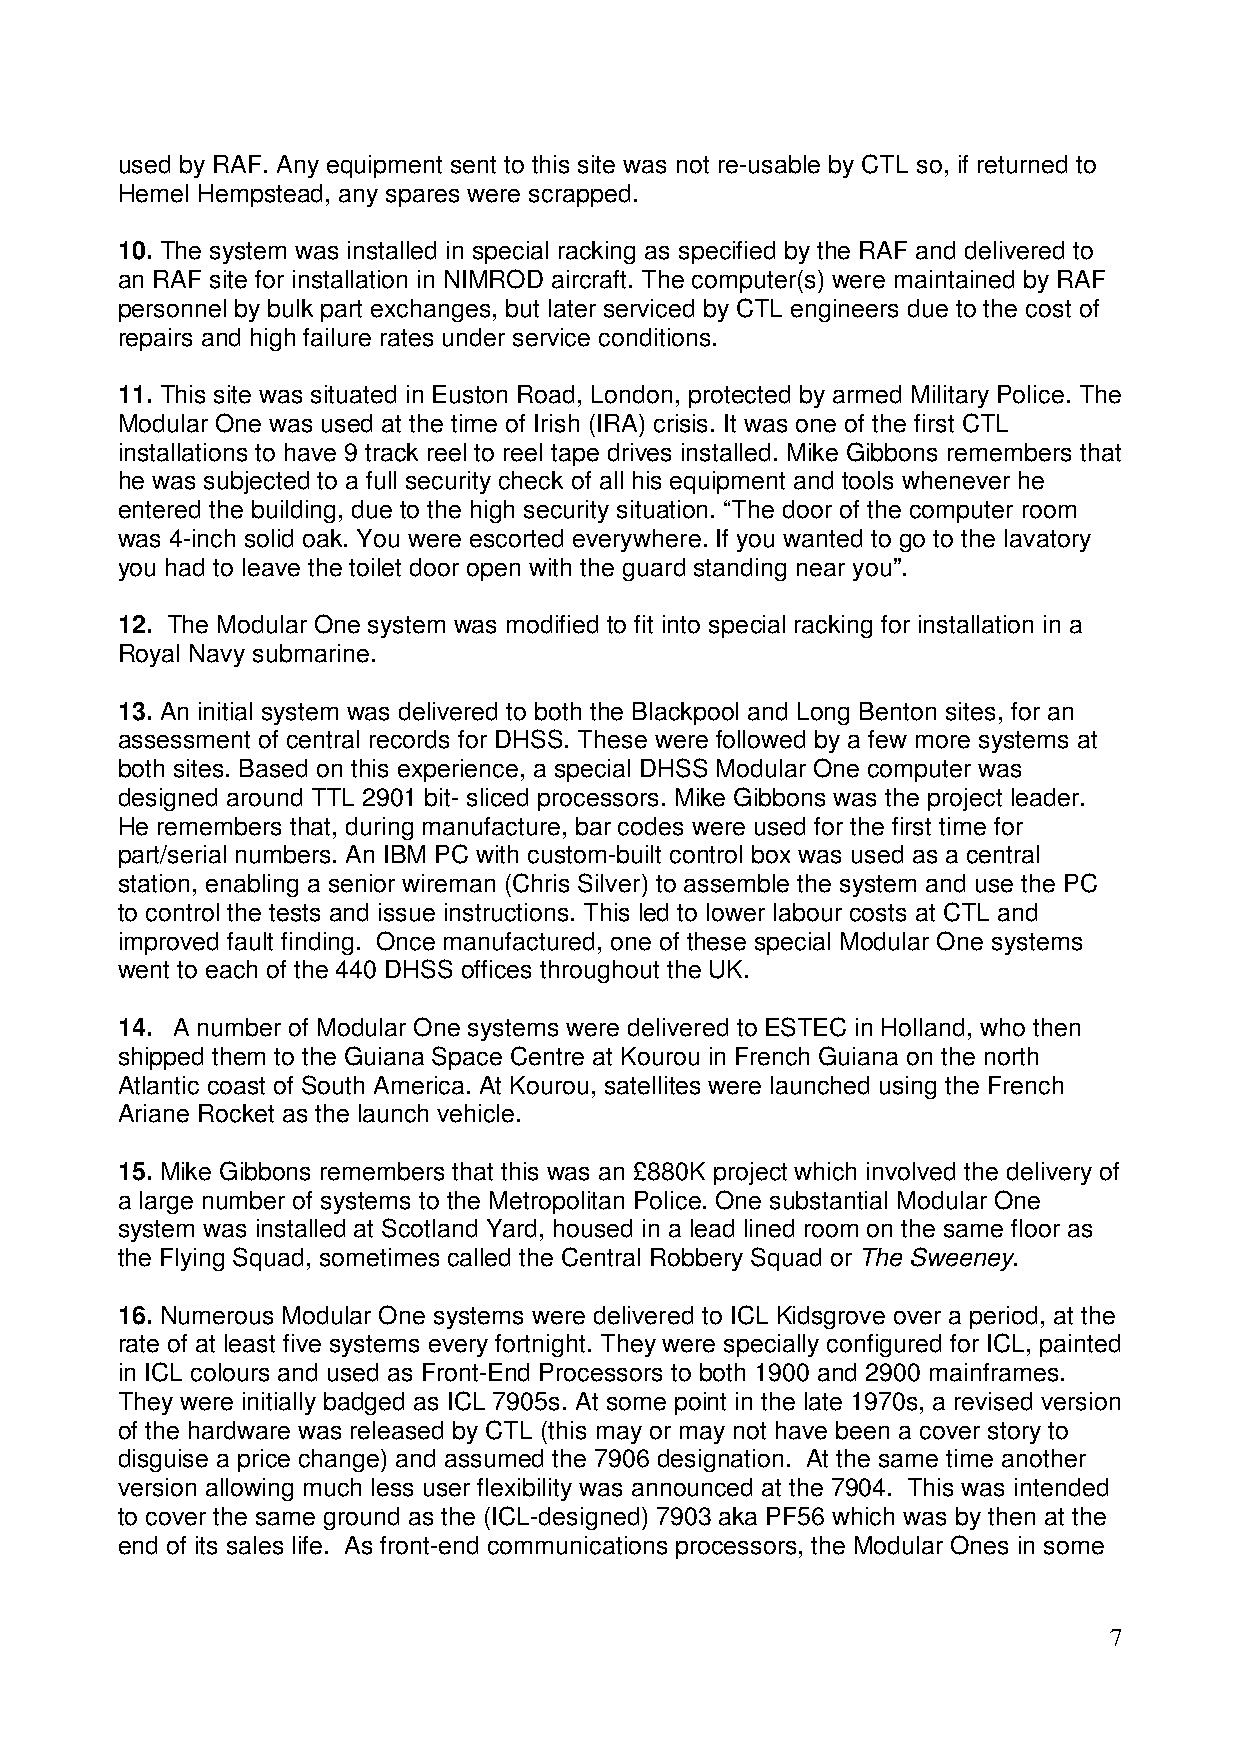
used by RAF. Any equipment sent to this site was not re-usable by CTL so, if returned to
 Hemel Hempstead, any spares were scrapped.
 10. The system was installed in special racking as specified by the RAF and delivered to
 an RAF site for installation in NIMROD aircraft. The computer(s) were maintained by RAF
 personnel by bulk part exchanges, but later serviced by CTL engineers due to the cost of
 repairs and high failure rates under service conditions.
 11. This site was situated in Euston Road, London, protected by armed Military Police. The
 Modular One was used at the time of Irish (IRA) crisis. It was one of the first CTL
 installations to have 9 track reel to reel tape drives installed. Mike Gibbons remembers that
 he was subjected to a full security check of all his equipment and tools whenever he
 entered the building, due to the high security situation. “The door of the computer room
 was 4-inch solid oak. You were escorted everywhere. If you wanted to go to the lavatory
 you had to leave the toilet door open with the guard standing near you”.
 12. The Modular One system was modified to fit into special racking for installation in a
 Royal Navy submarine.
 13. An initial system was delivered to both the Blackpool and Long Benton sites, for an
 assessment of central records for DHSS. These were followed by a few more systems at
 both sites. Based on this experience, a special DHSS Modular One computer was
 designed around TTL 2901 bit- sliced processors. Mike Gibbons was the project leader.
 He remembers that, during manufacture, bar codes were used for the first time for
 part/serial numbers. An IBM PC with custom-built control box was used as a central
 station, enabling a senior wireman (Chris Silver) to assemble the system and use the PC
 to control the tests and issue instructions. This led to lower labour costs at CTL and
 improved fault finding. Once manufactured, one of these special Modular One systems
 went to each of the 440 DHSS offices throughout the UK.
 14. A number of Modular One systems were delivered to ESTEC in Holland, who then
 shipped them to the Guiana Space Centre at Kourou in French Guiana on the north
 Atlantic coast of South America. At Kourou, satellites were launched using the French
 Ariane Rocket as the launch vehicle.
 15. Mike Gibbons remembers that this was an £880K project which involved the delivery of
 a large number of systems to the Metropolitan Police. One substantial Modular One
 system was installed at Scotland Yard, housed in a lead lined room on the same floor as
 the Flying Squad, sometimes called the Central Robbery Squad or The Sweeney.
 16. Numerous Modular One systems were delivered to ICL Kidsgrove over a period, at the
 rate of at least five systems every fortnight. They were specially configured for ICL, painted
 in ICL colours and used as Front-End Processors to both 1900 and 2900 mainframes.
 They were initially badged as ICL 7905s. At some point in the late 1970s, a revised version
 of the hardware was released by CTL (this may or may not have been a cover story to
 disguise a price change) and assumed the 7906 designation. At the same time another
 version allowing much less user flexibility was announced at the 7904. This was intended
 to cover the same ground as the (ICL-designed) 7903 aka PF56 which was by then at the
 end of its sales life. As front-end communications processors, the Modular Ones in some
 7